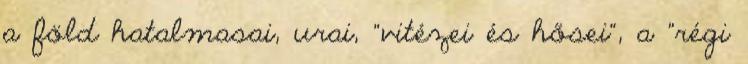
a föld hatalmasai, urai, "vitézei és hősei", a "régi